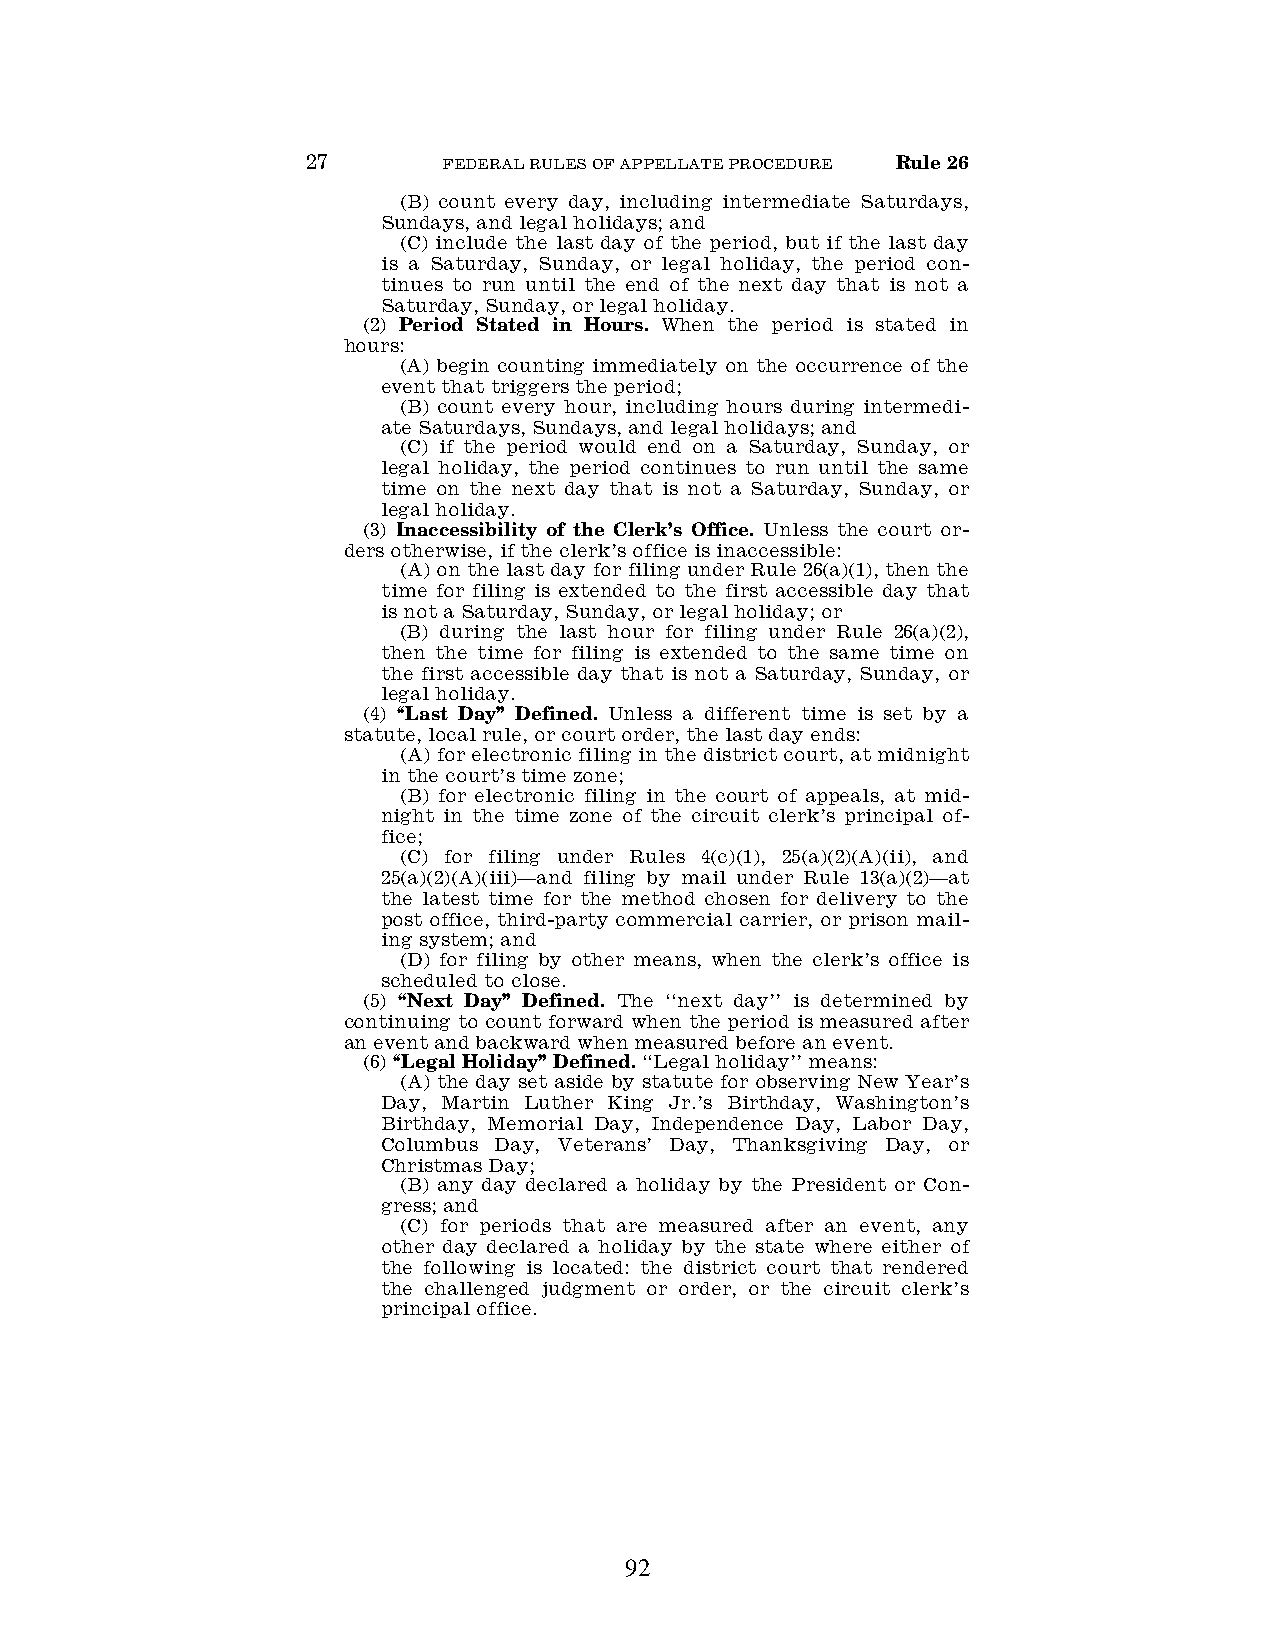
27       FEDERAL RULES OF APPELLATE PROCEDURE Rule 26
 (B) count every day, including intermediate Saturdays,
 Sundays, and legal holidays; and
 (C) include the last day of the period, but if the last day
 is a Saturday, Sunday, or legal holiday, the period con-
 tinues to run until the end of the next day that is not a
 Saturday, Sunday, or legal holiday.
 (2) Period Stated in Hours. When the period is stated in
 hours:
 (A) begin counting immediately on the occurrence of the
 event that triggers the period;
 (B) count every hour, including hours during intermedi-
 ate Saturdays, Sundays, and legal holidays; and
 (C) if the period would end on a Saturday, Sunday, or
 legal holiday, the period continues to run until the same
 time on the next day that is not a Saturday, Sunday, or
 legal holiday.
 (3) Inaccessibility of the Clerk’s Office. Unless the court or-
 ders otherwise, if the clerk’s office is inaccessible:
 (A) on the last day for filing under Rule 26(a)(1), then the
 time for filing is extended to the first accessible day that
 is not a Saturday, Sunday, or legal holiday; or
 (B) during the last hour for filing under Rule 26(a)(2),
 then the time for filing is extended to the same time on
 the first accessible day that is not a Saturday, Sunday, or
 legal holiday.
 (4) ‘‘Last Day’’ Defined. Unless a different time is set by a
 statute, local rule, or court order, the last day ends:
 (A) for electronic filing in the district court, at midnight
 in the court’s time zone;
 (B) for electronic filing in the court of appeals, at mid-
 night in the time zone of the circuit clerk’s principal of-
 fice;
 (C) for filing under Rules 4(c)(1), 25(a)(2)(A)(ii), and
 25(a)(2)(A)(iii)—and filing by mail under Rule 13(a)(2)—at
 the latest time for the method chosen for delivery to the
 post office, third-party commercial carrier, or prison mail-
 ing system; and
 (D) for filing by other means, when the clerk’s office is
 scheduled to close.
 (5) ‘‘Next Day’’ Defined. The ‘‘next day’’ is determined by
 continuing to count forward when the period is measured after
 an event and backward when measured before an event.
 (6) ‘‘Legal Holiday’’ Defined. ‘‘Legal holiday’’ means:
 (A) the day set aside by statute for observing New Year’s
 Day, Martin Luther King Jr.’s Birthday, Washington’s
 Birthday, Memorial Day, Independence Day, Labor Day,
 Columbus Day, Veterans’ Day, Thanksgiving Day, or
 Christmas Day;
 (B) any day declared a holiday by the President or Con-
 gress; and
 (C) for periods that are measured after an event, any
 other day declared a holiday by the state where either of
 the following is located: the district court that rendered
 the challenged judgment or order, or the circuit clerk’s
 principal office.
 92